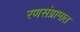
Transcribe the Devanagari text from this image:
रणसंग्रामात